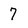
Character: 7